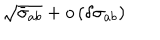
LaTeX: \sqrt { \bar { \sigma } _ { a b } } + o \left( \delta \sigma _ { a b } \right)